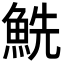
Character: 𩶤